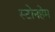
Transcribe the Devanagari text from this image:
स्टोनहेम